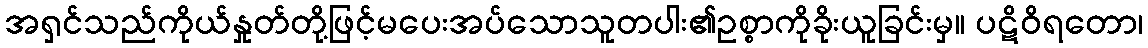
အရှင်သည်ကိုယ်နှုတ်တို့ဖြင့်မပေးအပ်သောသူတပါး၏ဥစ္စာကိုခိုးယူခြင်းမှ။ ပဋိဝိရတော၊